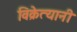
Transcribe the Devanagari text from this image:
विक्रेत्यानी